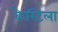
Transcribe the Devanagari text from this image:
कैस्टिला